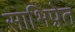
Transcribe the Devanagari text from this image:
साभिप्रेत